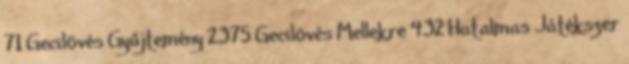
71 Gecilövés Gyűjtemény 2375 Gecilövés Mellekre 432 Hatalmas Játékszer